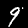
Digit: 9